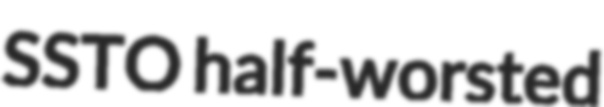
SSTO half-worsted